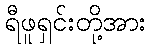
ရီဖူရှင်းတို့အား